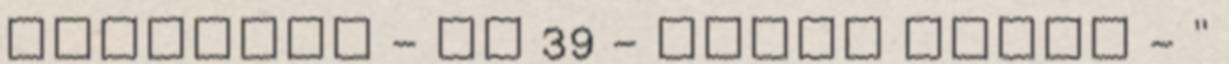
FELHÍVÁS - PC 39 - NYÁRI BEREK - "